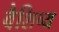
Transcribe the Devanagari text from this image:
वैशिष्य